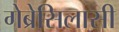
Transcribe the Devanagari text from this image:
गेब्रेसिलासी